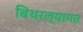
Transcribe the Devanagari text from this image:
बिथरल्यागत